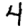
Digit: 4